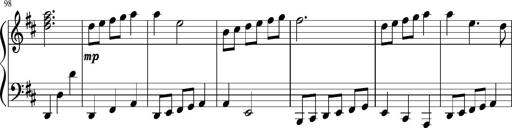
Title: Sonatine Nr.1 in C-Dur
Composer: DÃ©sirÃ©e Manns
Key: C major